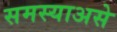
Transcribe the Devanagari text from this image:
समस्याअसे